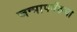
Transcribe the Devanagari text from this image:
जन्मापर्यंतचा